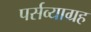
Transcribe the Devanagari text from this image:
पर्सव्याग्रह